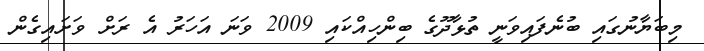
މިބަޔާނުގައި ބުނެފައިވަނީ ތުޅާދޫގެ ބިންހިއްކައި 2009 ވަނަ އަހަރު އެ ރަށް ވަށައިގެން